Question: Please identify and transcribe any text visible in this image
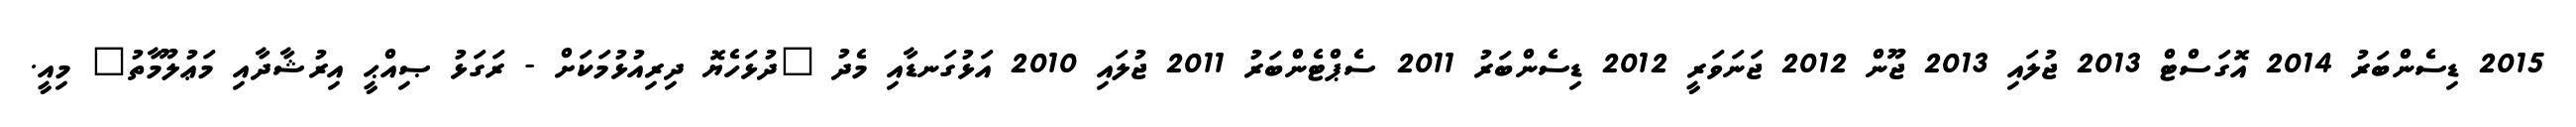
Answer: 2015 ޑިސެންބަރު 2014 އޮގަސްޓް 2013 ޖުލައި 2013 ޖޫން 2012 ޖަނަވަރީ 2012 ޑިސެންބަރު 2011 ސެޕްޓެންބަރު 2011 ޖުލައި 2010 އަޅުގަނޑާއި މެދު "ދުޅަހެޔޮ ދިރިއުޅުމަކަށް - ރަގަޅު ޞިއްޙީ އިރުޝާދާއި މަޢުލޫމާތު" މިއީ.